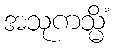
အသုကသ္မိံ